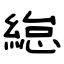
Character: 緿